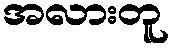
အလားတူ